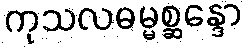
ကုသလဓမ္မစ္ဆန္ဒော